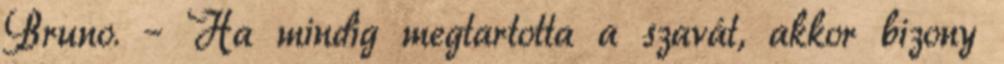
Bruno. – Ha mindig megtartotta a szavát, akkor bizony